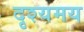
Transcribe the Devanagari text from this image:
दृश्यमय